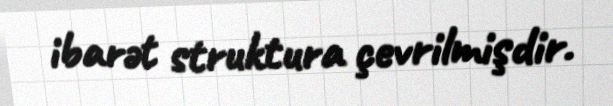
ibarət struktura çevrilmişdir.